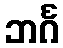
ဘင်္ဂ